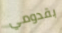
بقدومي